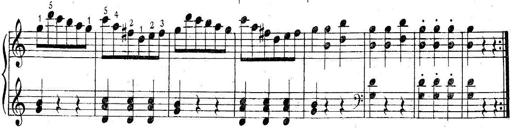
Title: 6 Easy Sonatinas
Composer: Carl Czerny